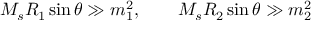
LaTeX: M _ { s } R _ { 1 } \sin \theta \gg m _ { 1 } ^ { 2 } , \qquad M _ { s } R _ { 2 } \sin \theta \gg m _ { 2 } ^ { 2 }